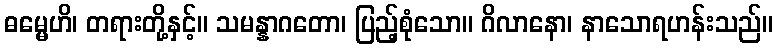
ဓမ္မေဟိ၊ တရားတို့နှင့်။ သမန္နာဂတော၊ ပြည့်စုံသော။ ဂိလာနော၊ နာသောရဟန်းသည်။